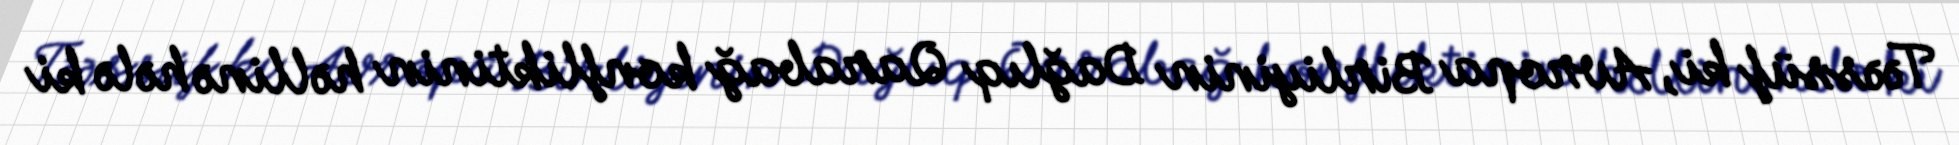
Təəssüf ki, Avropa Birliyinin Dağlıq Qarabağ konfliktinin həllinə hələ ki